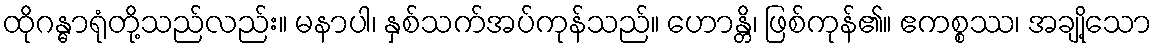
ထိုဂန္ဓာရုံတို့သည်လည်း။ မနာပါ၊ နှစ်သက်အပ်ကုန်သည်။ ဟောန္တိ၊ ဖြစ်ကုန်၏။ ဧကစ္စဿ၊ အချို့သော